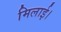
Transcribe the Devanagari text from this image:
मिलाई।